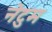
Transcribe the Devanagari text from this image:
नेटुम